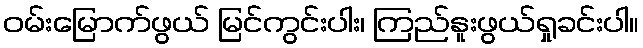
ဝမ်းမြောက်ဖွယ် မြင်ကွင်းပါး၊ ကြည်နူးဖွယ်ရှုခင်းပါ။